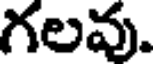
గలవు.